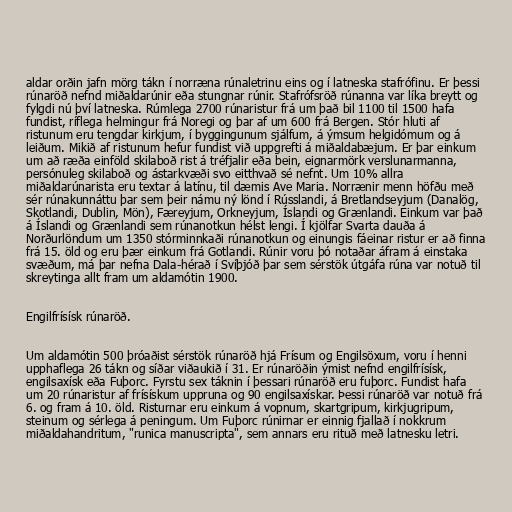
aldar orðin jafn mörg tákn í norræna rúnaletrinu eins og í latneska stafrófinu. Er þessi
rúnaröð nefnd miðaldarúnir eða stungnar rúnir. Stafrófsröð rúnanna var líka breytt og
fylgdi nú því latneska. Rúmlega 2700 rúnaristur frá um það bil 1100 til 1500 hafa
fundist, ríflega helmingur frá Noregi og þar af um 600 frá Bergen. Stór hluti af
ristunum eru tengdar kirkjum, í byggingunum sjálfum, á ýmsum helgidómum og á
leiðum. Mikið af ristunum hefur fundist við uppgrefti á miðaldabæjum. Er þar einkum
um að ræða einföld skilaboð rist á tréfjalir eða bein, eignarmörk verslunarmanna,
persónuleg skilaboð og ástarkvæði svo eitthvað sé nefnt. Um 10% allra
miðaldarúnarista eru textar á latínu, til dæmis Ave Maria. Norrænir menn höfðu með
sér rúnakunnáttu þar sem þeir námu ný lönd í Rússlandi, á Bretlandseyjum (Danalög,
Skotlandi, Dublin, Mön), Færeyjum, Orkneyjum, Íslandi og Grænlandi. Einkum var það
á Íslandi og Grænlandi sem rúnanotkun hélst lengi. Í kjölfar Svarta dauða á
Norðurlöndum um 1350 stórminnkaði rúnanotkun og einungis fáeinar ristur er að finna
frá 15. öld og eru þær einkum frá Gotlandi. Rúnir voru þó notaðar áfram á einstaka
svæðum, má þar nefna Dala-hérað í Svíþjóð þar sem sérstök útgáfa rúna var notuð til
skreytinga allt fram um aldamótin 1900.

Engilfrísísk rúnaröð.

Um aldamótin 500 þróaðist sérstök rúnaröð hjá Frísum og Engilsöxum, voru í henni
upphaflega 26 tákn og síðar viðaukið í 31. Er rúnaröðin ýmist nefnd engilfrísísk,
engilsaxísk eða Fuþorc. Fyrstu sex táknin í þessari rúnaröð eru fuþorc. Fundist hafa
um 20 rúnaristur af frísískum uppruna og 90 engilsaxískar. Þessi rúnaröð var notuð frá
6. og fram á 10. öld. Risturnar eru einkum á vopnum, skartgripum, kirkjugripum,
steinum og sérlega á peningum. Um Fuþorc rúnirnar er einnig fjallað í nokkrum
miðaldahandritum, "runica manuscripta", sem annars eru rituð með latnesku letri.